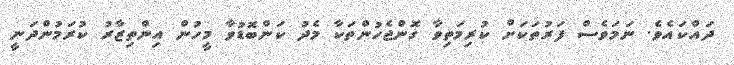
ދައްކައެވެ. ނަމަވެސް ފަރުތަކަށް ކުރިމަތިވާ ގޮންޖެހުންތަކާ މެދު ކަންބޮޑުވާ މީހުން އިންތިޒާރު ކުރަމުންދަނީ